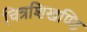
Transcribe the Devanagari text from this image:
चित्रशिखण्डि